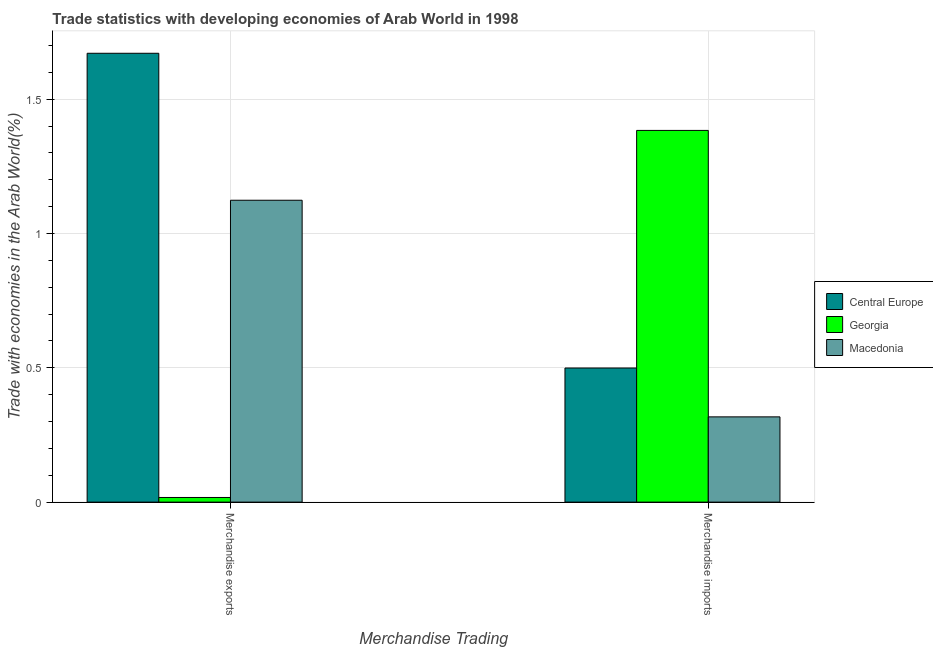
| Merchandise Trading | Central Europe | Georgia | Macedonia |
 | --- | --- | --- | --- |
 | Merchandise exports | 1.67 | 0.0173 | 1.12 |
 | Merchandise imports | 0.499 | 1.38 | 0.317 |